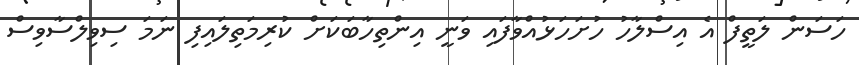
ހަސަން ލަތީފް އެ އިސްލާހު ހުށަހަޅުއްވާފައި ވަނީ އިންތިހާބަކަށް ކުރިމަތިލައިފި ނަމަ ސިވިލްސާވިސް